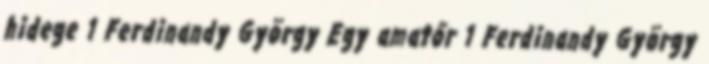
hidege 1 Ferdinandy György Egy amatőr 1 Ferdinandy György